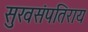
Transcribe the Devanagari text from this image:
सुखसंपतिराय